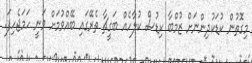
މިގޮތުން ކުޑަކުދިންނަށް ޒުމްބާ ކިޑުސް ކުލާހެއް ބަގީޗާ ތެރޭގައި ބޭއްވުމަށް ވަނީ ހަމަޖެހިފަ.